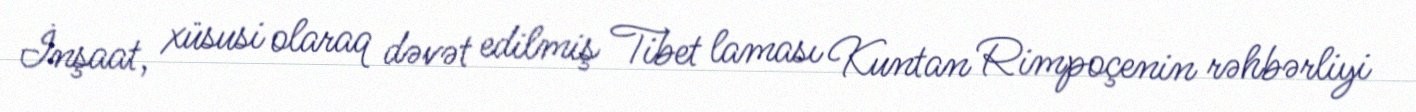
İnşaat, xüsusi olaraq dəvət edilmiş Tibet laması Kuntan Rimpoçenin rəhbərliyi